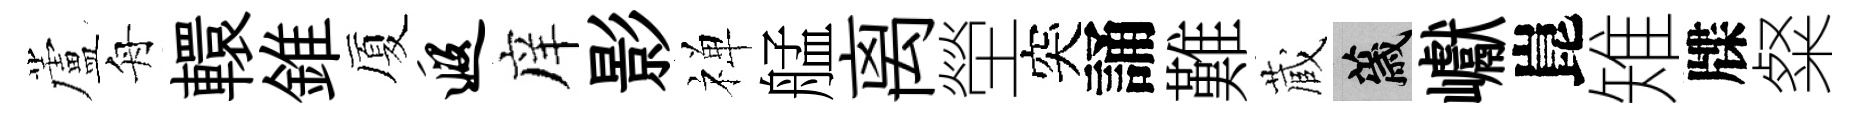
蘆舟轘錐厦遐庠影禅艋离塋突誦難蔵薉巘崑雉牒粲